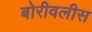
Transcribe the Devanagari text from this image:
बोरीवलीस